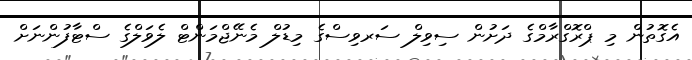
އެގޮތުން މި ޕްރޮގްރާމްގެ ދަށުން ސިވިލް ސަރވިސްގެ މިޑުލް މެނޭޖްމަންޓް ލެވަލްގެ ސްޓާފުންނަށް